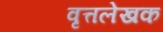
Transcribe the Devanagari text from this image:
वृत्तलेखक